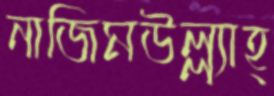
নাজিমউল্ল্যাহ্